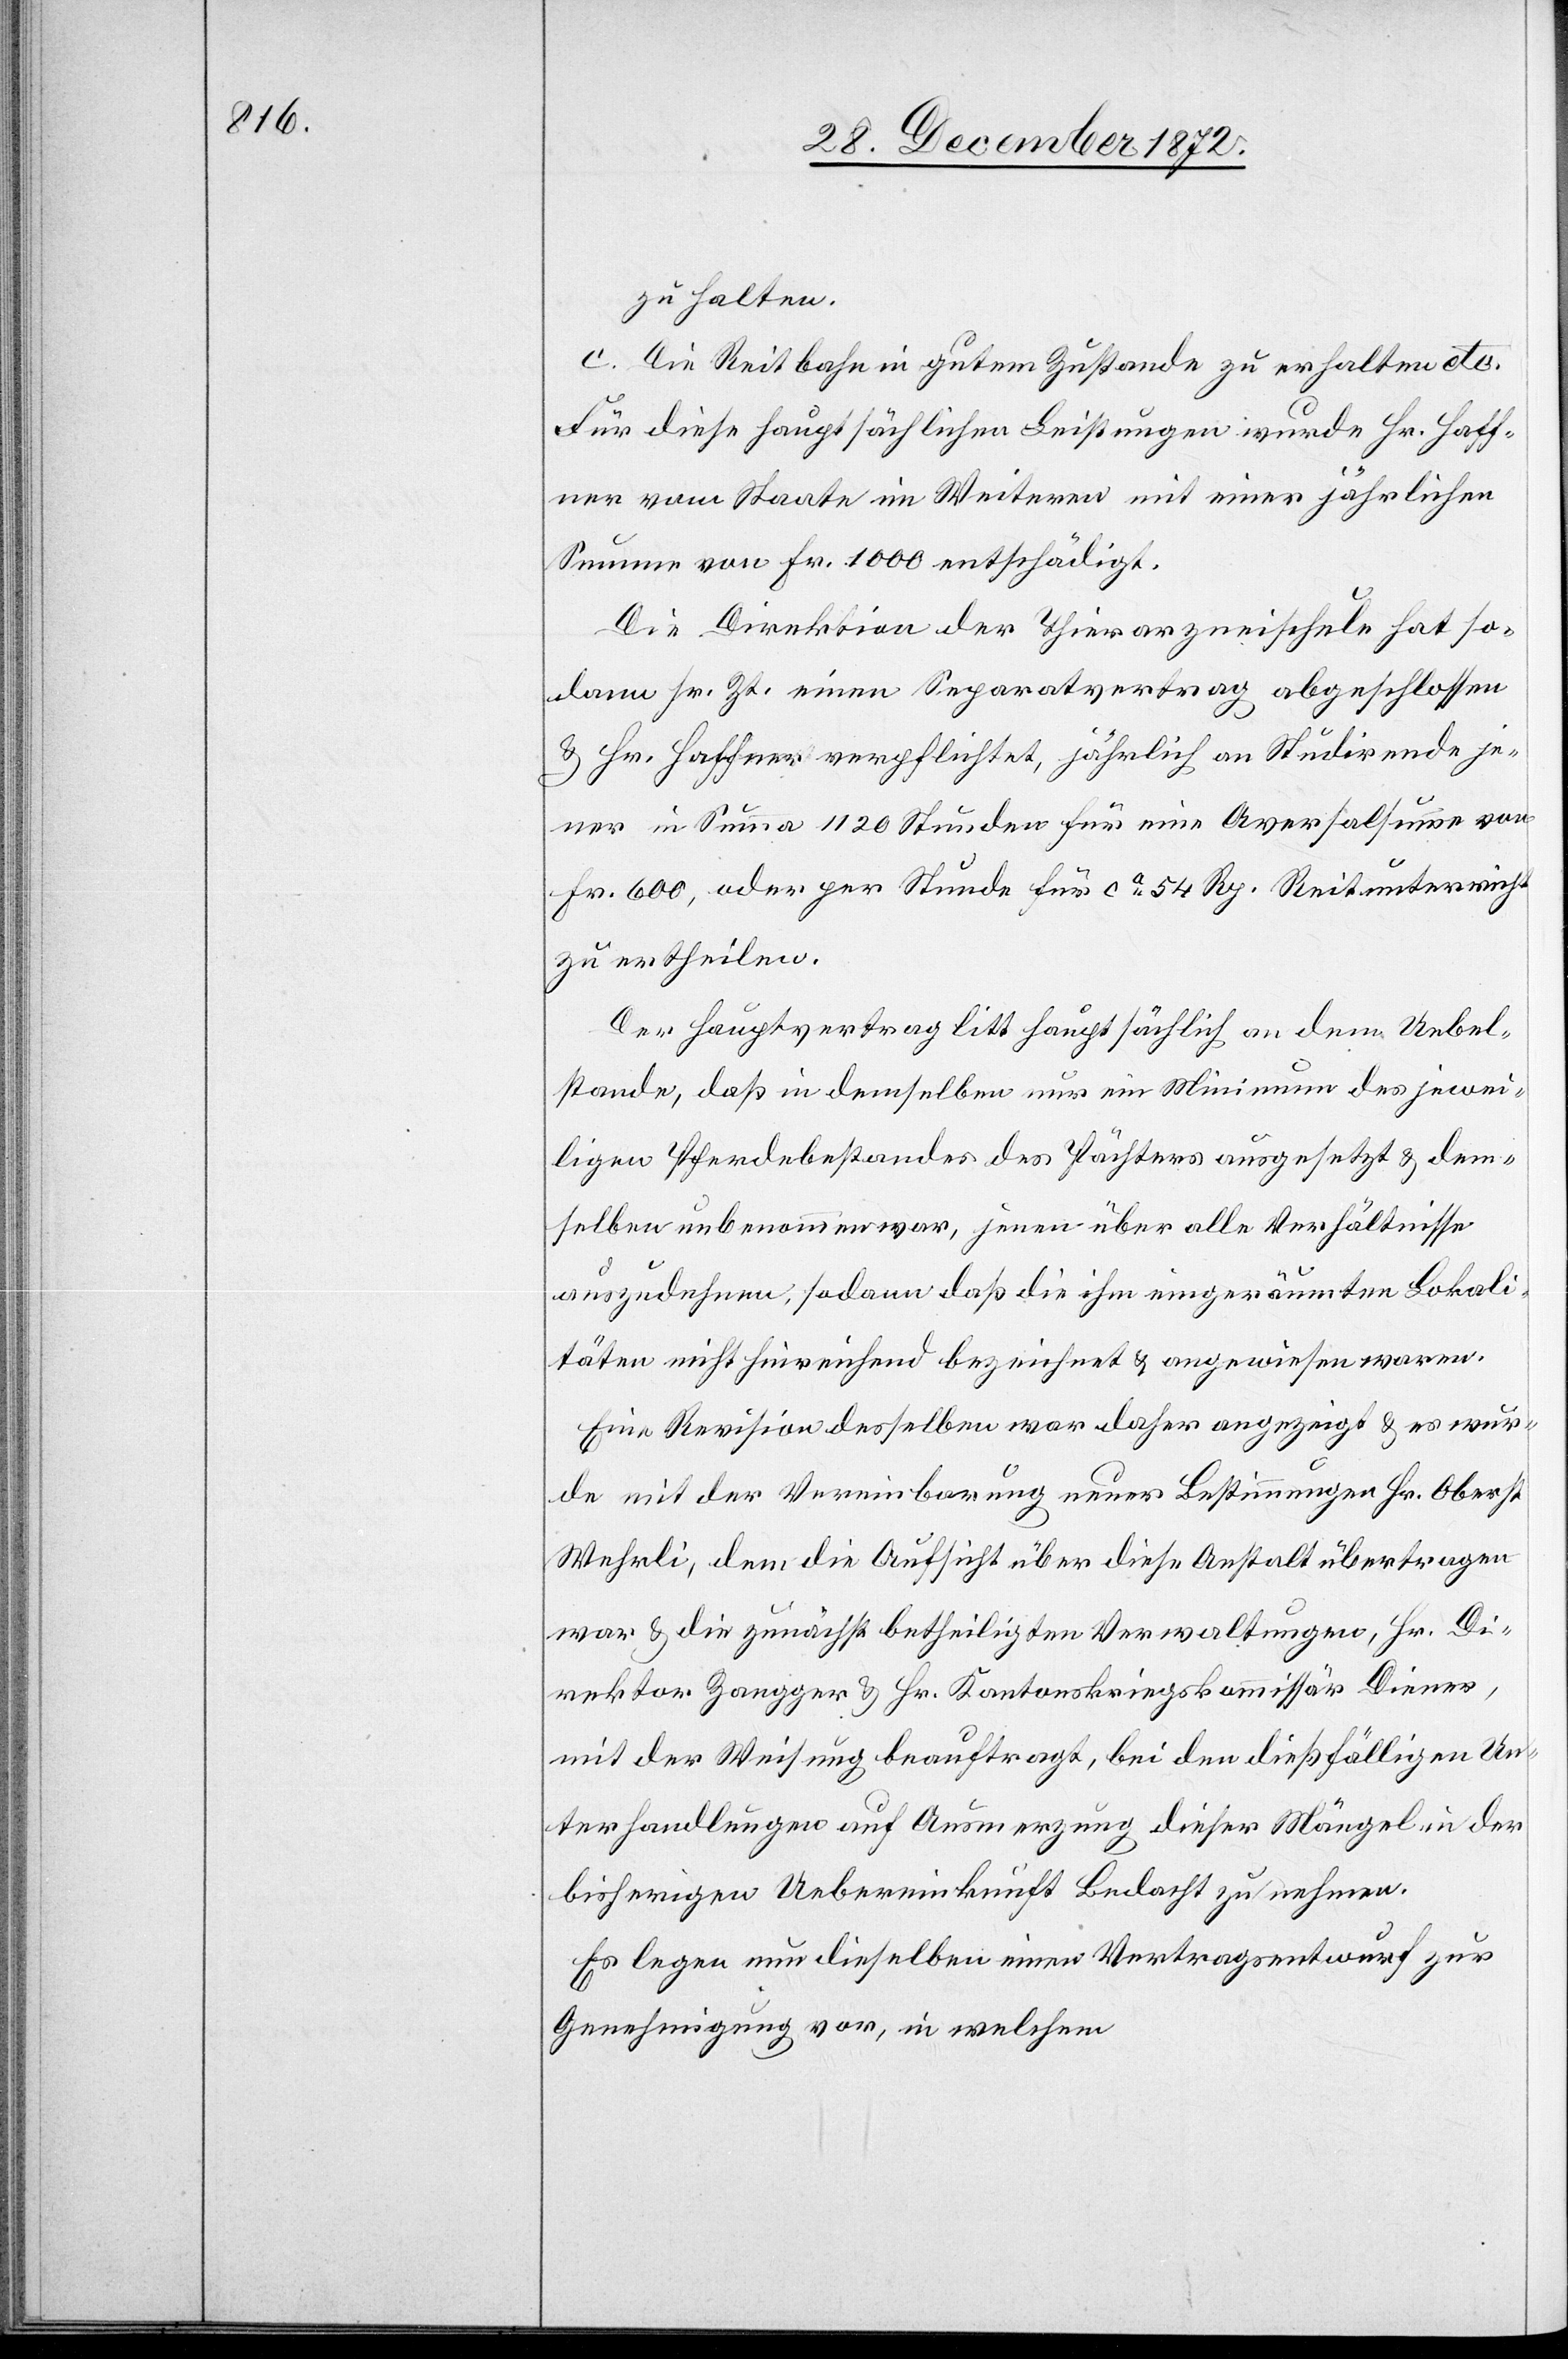
zu halten.
c. Die Reitbahn in gutem Zustande zu erhalten etc.
Für diese hauptsächlichen Leistungen wurde Hr. Haff¬
ner vom Staate im Weiteren mit einer jährlichen
Summe von Fr. 1000 entschädigt.
Die Direktion der Thierarzneischule hat so¬
dann sr. Zt. einen Separatvertrag abgeschlossen
u. Hr. Haffner verpflichtet, jährlich an Studirende je¬
ner in Summa 1120 Stunden für eine Aversalsumme von
Fr. 600, oder per Stunde für ca 54 Rp. Reitunterricht
zu ertheilen.
Der Hauptvertrag litt hauptsächlich an dem Uebel¬
stande, daß in demselben nur ein Minimum des jewei¬
ligen Pferdebestandes des Pächters ausgesetzt u. dem¬
selben unbenommen war, jenen über alle Verhältnisse
auszudehnen, sodann daß die ihm eingeräumten Lokali¬
täten nicht hinreichend bezeichnet u. angewiesen waren.
Eine Revision desselben war daher angezeigt u. es wur¬
de mit der Vereinbarung neuer Bestimmungen Hr. Oberst
Wehrli, dem die Aufsicht über diese Anstalt übertragen
war u. die zunächst betheiligten Verwaltungen, Hr. Di¬
rektor Zangger u. Hr. Kantonskriegskommissär Diener,
mit der Weisung beauftragt, bei den dießfälligen Un¬
terhandlungen auf Ausmerzung dieser Mängel in der
bisherigen Uebereinkunft Bedacht zu nehmen.
Es legen nun dieselben einen Vertragsentwurf zur
Genehmigung vor, in welchem